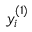
y _ { i } ^ { ( 1 ) }